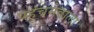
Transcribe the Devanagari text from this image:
पहुंचनेवाला